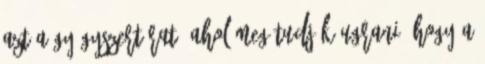
azt a gyógyszertárat, ahol meg tudják ugrani, hogy a